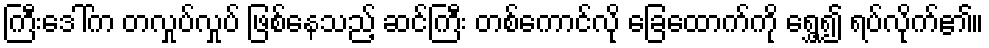
ကြီးဒေါ်က တလှုပ်လှုပ် ဖြစ်နေသည့် ဆင်ကြီး တစ်ကောင်လို ခြေထောက်ကို ရွှေ့၍ ရပ်လိုက်၏။